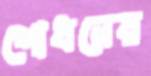
শোধনের